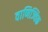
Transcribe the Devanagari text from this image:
वाणिज्यिक